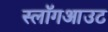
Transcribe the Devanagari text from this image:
स्लॉगआउट